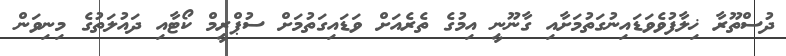
ދުސްތޫރާ ޚިލާފުވެވަޑައިނުގަތުމަށާއި ގާނޫނީ އިމުގެ ތެރެއަށް ވަޑައިގަތުމަށް ސުޕްރީމް ކޯޓާއި ދައުލަތުގެ މިނިވަން